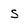
Character: s